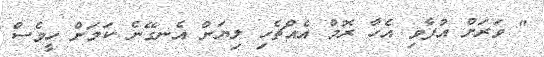
" ވަރަށް އުފާވި އެހާ ރޮމް އެއްޗެހި ލިޔަން އެނގޭނެ ކަމަށް ހީވެސް